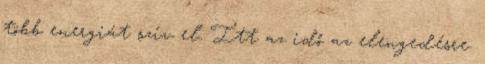
több energiát szív el. Itt az idő az elengedésre.